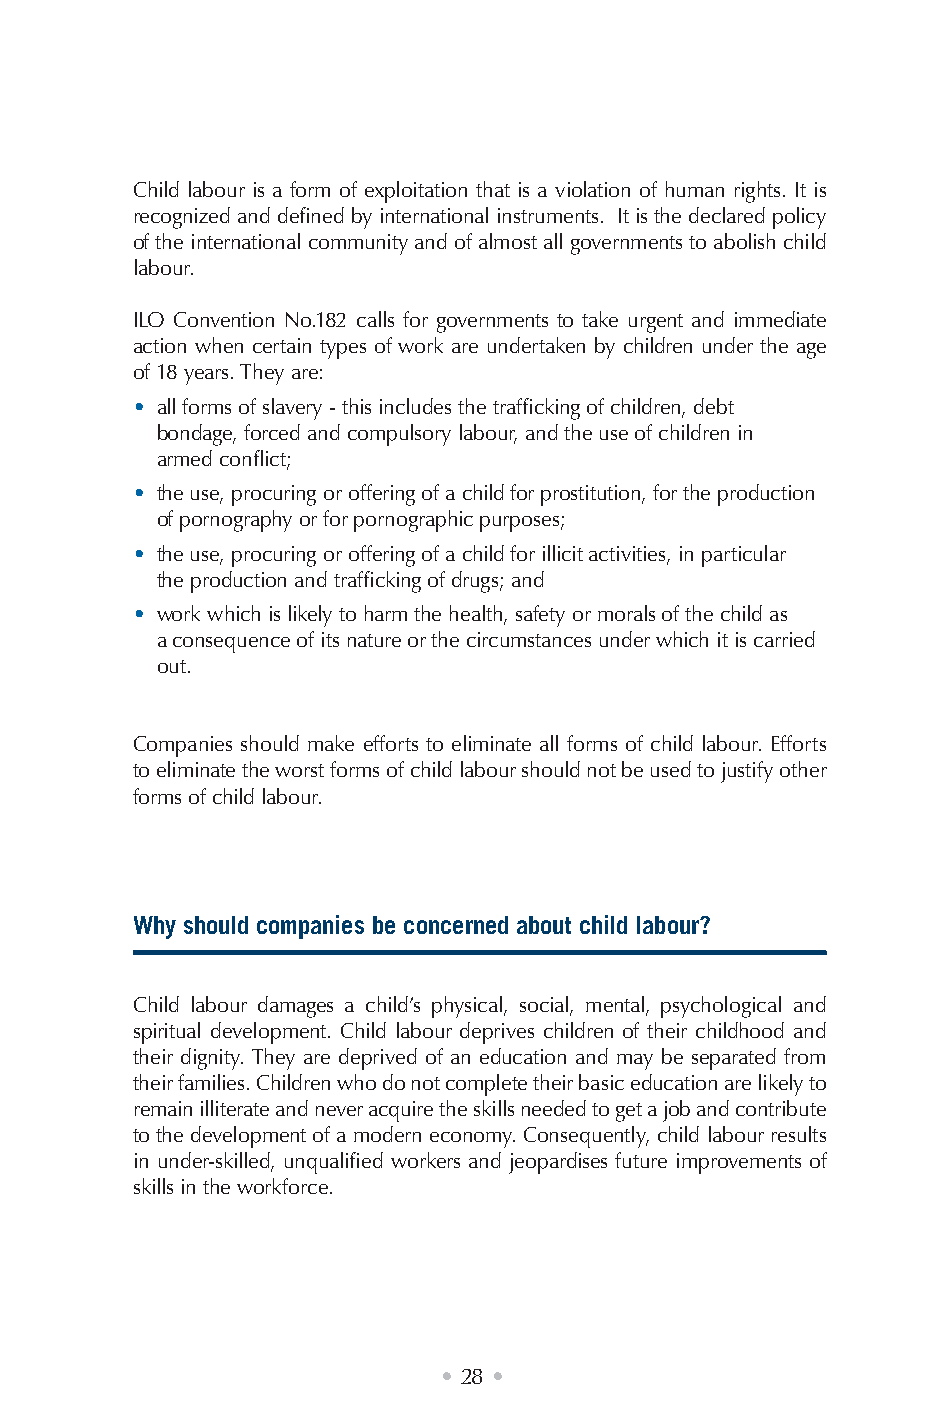
Child labour is a form of exploitation that is a violation of human rights. It is
 recognized and defined by international instruments. It is the declared policy
 of the international community and of almost all governments to abolish child
 labour.
 ILO Convention No.182 calls for governments to take urgent and immediate
 action when certain types of work are undertaken by children under the age
 of 18 years. They are:
 • all forms of slavery - this includes the trafficking of children, debt
 bondage, forced and compulsory labour, and the use of children in
 armed conflict;
 • the use, procuring or offering of a child for prostitution, for the production
 of pornography or for pornographic purposes;
 • the use, procuring or offering of a child for illicit activities, in particular
 the production and trafficking of drugs; and
 • work which is likely to harm the health, safety or morals of the child as
 a consequence of its nature or the circumstances under which it is carried
 out.
 Companies should make efforts to eliminate all forms of child labour. Efforts
 to eliminate the worst forms of child labour should not be used to justify other
 forms of child labour.
 Why should companies be concerned about child labour?
 Child labour damages a child’s physical, social, mental, psychological and
 spiritual development. Child labour deprives children of their childhood and
 their dignity. They are deprived of an education and may be separated from
 their families. Children who do not complete their basic education are likely to
 remain illiterate and never acquire the skills needed to get a job and contribute
 to the development of a modern economy. Consequently, child labour results
 in under-skilled, unqualified workers and jeopardises future improvements of
 skills in the workforce.
 • 28 •